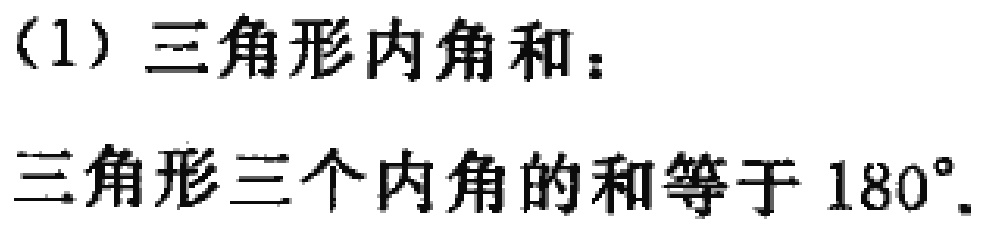
（1）三角形内角和：

三角形三个内角的和等于 \(180^{\circ}\).